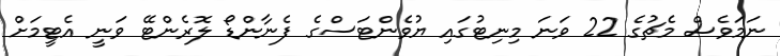
ނަމަވެސް މެޗުގެ 22 ވަނަ މިނިޓުގައި ޔުވެންޓަސްގެ ފެނާންޑޯ ލޮރެންޓޭ ވަނީ އެޓީމަށް